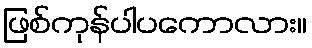
ဖြစ်ကုန်ပါပကောလား။